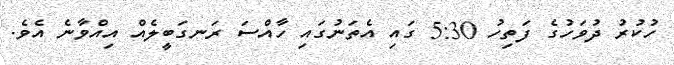
ހުކުރު ދުވަހުގެ ފަތިހު 5:30 ގައި އެތަނުގައި ހާއްސަ ރަނގަބީލެއް އިއްވާނެ އެވެ.